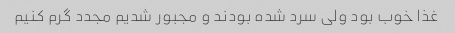
غذا خوب بود ولی سرد شده بودند و مجبور شدیم مجدد گرم کنیم